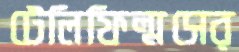
টেলিফিল্মসের